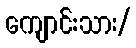
ကျောင်းသား/